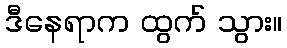
ဒီနေရာက ထွက် သွား။